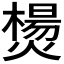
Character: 𰟣